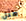
مثل